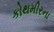
કોથમીરના